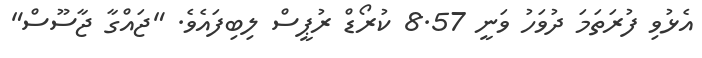
އެޅުވި ފުރަތަމަ ދުވަހު ވަނީ 8.57 ކުރޯޑް ރުޕީސް ލިބިފައެވެ. "ޖައްގާ ޖާސޫސް"